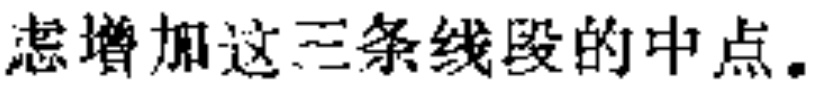
虑增加这三条线段的中点。